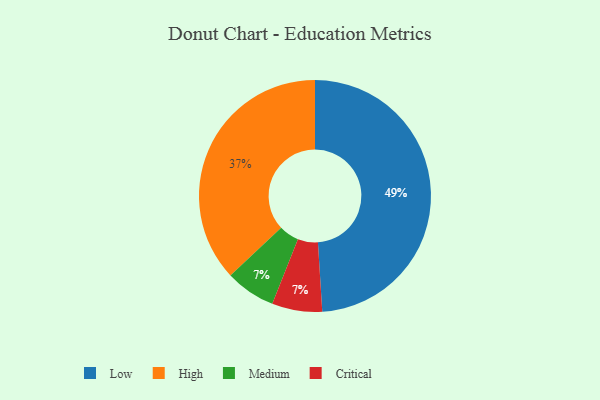
{"axis": {"x": "Category", "y": "Percentage"}, "legend": ["Critical", "High", "Low", "Medium"], "data": [{"x": "Low", "y": 49, "type": "Low"}, {"x": "Medium", "y": 7, "type": "Medium"}, {"x": "Critical", "y": 7, "type": "Critical"}, {"x": "High", "y": 37, "type": "High"}]}